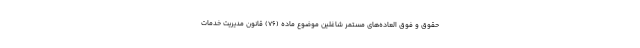
حقوق و فوق العاده‌های مستمر شاغلین موضوع ماده (۷۶) قانون مدیریت خدمات